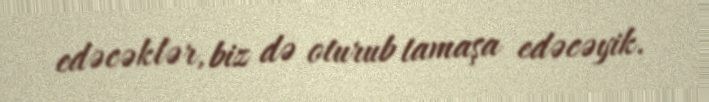
edəcəklər, biz də oturub tamaşa edəcəyik.